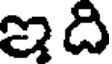
ఇది